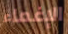
الإغماء